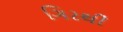
ગિરથી